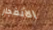
الأنفجار